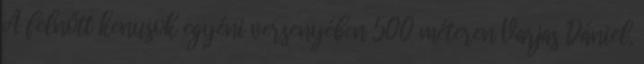
A felnőtt kenusok egyéni versenyében 500 méteren Varjas Dániel,